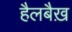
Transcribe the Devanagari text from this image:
हैलबैख़